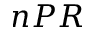
n P R